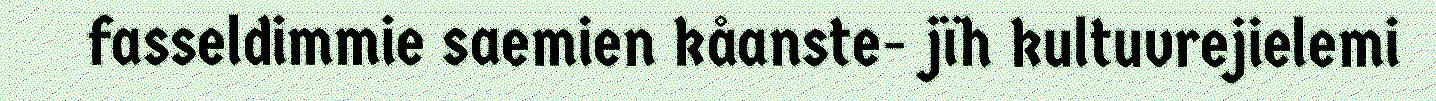
fasseldimmie saemien kåanste- jïh kultuvrejielemi